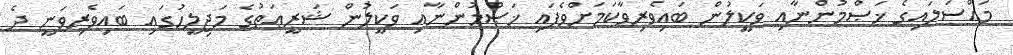
މައްސަލައިގެ ޚަޞްމުންނާއި ވަކީލުން ބައިވެރިވާކަމަށްވެފައި ޚަޞްމުންނާއި ވަކީލުން ޝަރީޢަތުގެ މަޖިލީހުގައި ބައިވެރިވަނީ ދެ